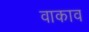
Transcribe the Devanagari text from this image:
वाकाव